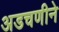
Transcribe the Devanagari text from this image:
अडचणीने